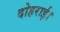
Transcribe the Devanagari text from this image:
दोहराई।